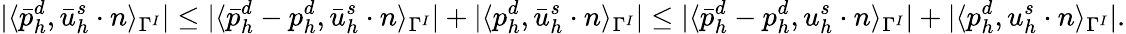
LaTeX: |\langle\bar{p}_{h}^{d},\bar{u}_{h}^{s}\cdot n\rangle_{\Gamma^{I}}|\le|\langle\bar{p}_{h}^{d}-p_{h}^{d},\bar{u}_{h}^{s}\cdot n\rangle_{\Gamma^{I}}|+|\langle p_{h}^{d},\bar{u}_{h}^{s}\cdot n\rangle_{\Gamma^{I}}|\le|\langle\bar{p}_{h}^{d}-p_{h}^{d},u_{h}^{s}\cdot n\rangle_{\Gamma^{I}}|+|\langle p_{h}^{d},u_{h}^{s}\cdot n\rangle_{\Gamma^{I}}|.